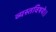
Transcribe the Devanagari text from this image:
व्यस्तविषये।।